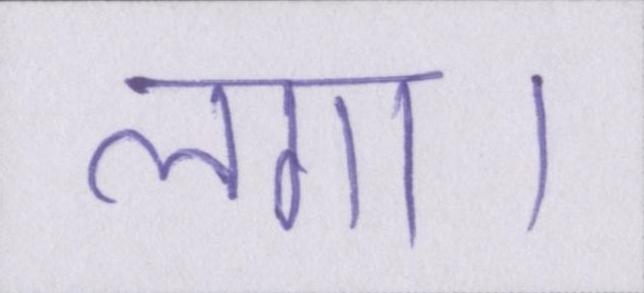
लगा।